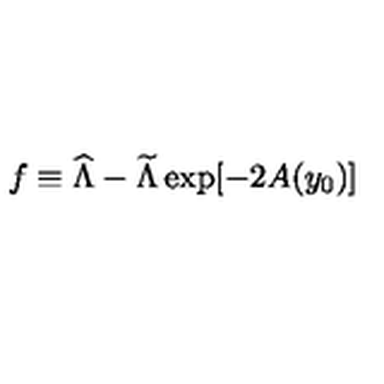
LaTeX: f \equiv { \widehat \Lambda } - { \widetilde \Lambda } \exp [ - 2 A ( y _ { 0 } ) ]